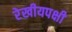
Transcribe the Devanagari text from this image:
रेखीयपक्षी